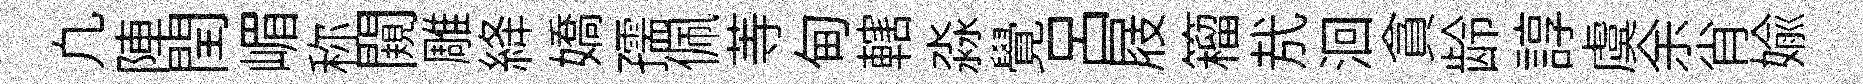
凢陣閏嵋称闚雕絳嬌孺佩䓁甸轄淼覺吕屐籕㢤洄貪龄諄虞余肖媮